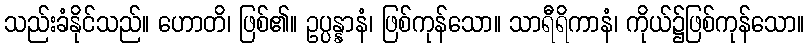
သည်းခံနိုင်သည်။ ဟောတိ၊ ဖြစ်၏။ ဥပ္ပန္နာနံ၊ ဖြစ်ကုန်သော။ သာရီရိကာနံ၊ ကိုယ်၌ဖြစ်ကုန်သော။